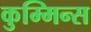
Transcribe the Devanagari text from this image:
कुम्मिन्स